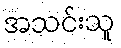
အသင်းသူ